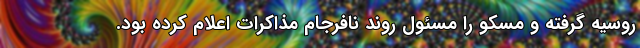
روسیه گرفته و مسکو را مسئول روند نافرجام مذاکرات اعلام کرده بود.